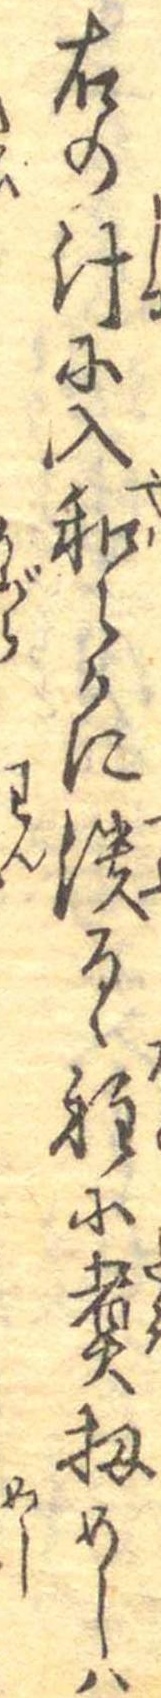
右の汁に入和らかに潰るゝ程に煮扨めしは